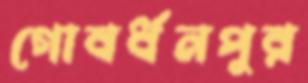
গোবর্ধনপুর